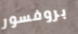
بروفسور